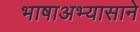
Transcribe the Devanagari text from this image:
भाषाअभ्यासाने